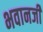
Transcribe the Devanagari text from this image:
भवानजी